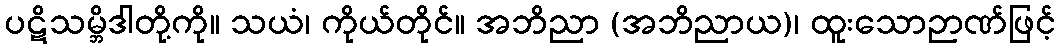
ပဋိသမ္ဘိဒါတို့ကို။ သယံ၊ ကိုယ်တိုင်။ အဘိညာ (အဘိညာယ)၊ ထူးသောဉာဏ်ဖြင့်